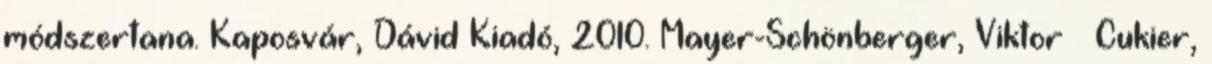
módszertana. Kaposvár, Dávid Kiadó, 2010. Mayer-Schönberger, Viktor – Cukier,